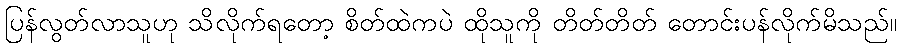
ပြန်လွတ်လာသူဟု သိလိုက်ရတော့ စိတ်ထဲကပဲ ထိုသူကို တိတ်တိတ် တောင်းပန်လိုက်မိသည်။